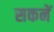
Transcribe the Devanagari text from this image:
सकनें